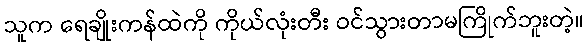
သူက ရေချိုးကန်ထဲကို ကိုယ်လုံးတီး ဝင်သွားတာမကြိုက်ဘူးတဲ့။